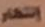
إنتظار